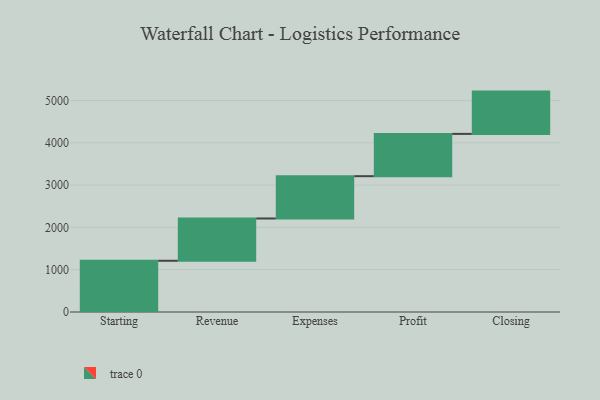
{"axis": {"x": "Step", "y": "Value"}, "legend": [""], "data": [{"x": "Starting", "y": 1211.0, "type": ""}, {"x": "Revenue", "y": 1000, "type": ""}, {"x": "Expenses", "y": 1000, "type": ""}, {"x": "Profit", "y": 1000, "type": ""}, {"x": "Closing", "y": 1000, "type": ""}]}